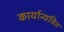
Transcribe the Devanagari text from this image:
कार्यान्यवित